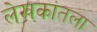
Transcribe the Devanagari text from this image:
लेखकांतला